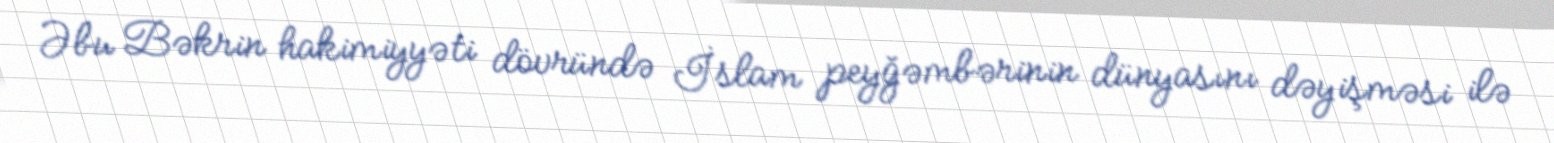
Əbu Bəkrin hakimiyyəti dövründə İslam peyğəmbərinin dünyasını dəyişməsi ilə